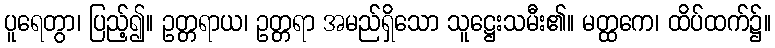
ပူရေတွာ၊ ပြည့်၍။ ဥတ္တရာယ၊ ဥတ္တရာ အမည်ရှိသော သူဋ္ဌေးသမီး၏။ မတ္ထကေ၊ ထိပ်ထက်၌။